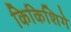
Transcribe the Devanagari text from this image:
किकिशिगे